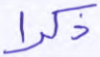
ذكرا